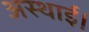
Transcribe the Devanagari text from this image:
अस्थाई।